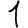
Digit: 1